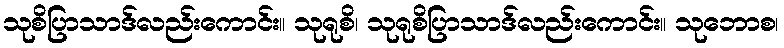
သုစိပြာသာဒ်လည်းကောင်း။ သုရုစိ၊ သုရုစိပြာသာဒ်လည်းကောင်း။ သုဘောစ၊